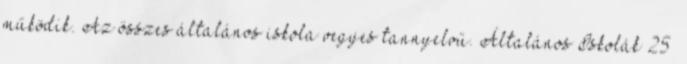
működik. Az összes általános iskola vegyes tannyelvű. Általános Iskolák 25